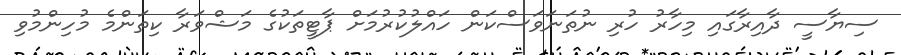
ސިޔާސީ ދާއިރާގައި މިހާރު ހުރި ނުތަނަވަސްކަން ހައްލުކުރުމަށް ޕާޓީތަކުގެ މަޝްވަރާ ކިތަންމެ މުހިންމުވި